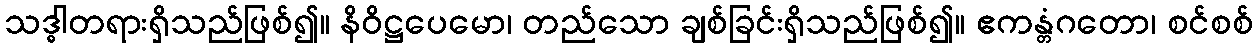
သဒ္ဓါတရားရှိသည်ဖြစ်၍။ နိဝိဋ္ဌပေမော၊ တည်သော ချစ်ခြင်းရှိသည်ဖြစ်၍။ ဧကန္တံဂတော၊ စင်စစ်